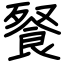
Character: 䬸